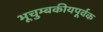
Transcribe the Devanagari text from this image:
भूचुम्बकीयपूर्वक